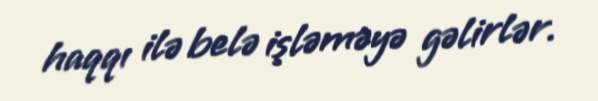
haqqı ilə belə işləməyə gəlirlər.